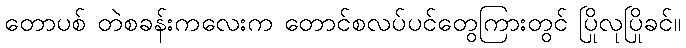
တောပစ် တဲစခန်းကလေးက တောင်စလပ်ပင်တွေကြားတွင် ပြိုလုပြိုခင်။